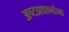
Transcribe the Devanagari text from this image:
अष्टप्रधानांना